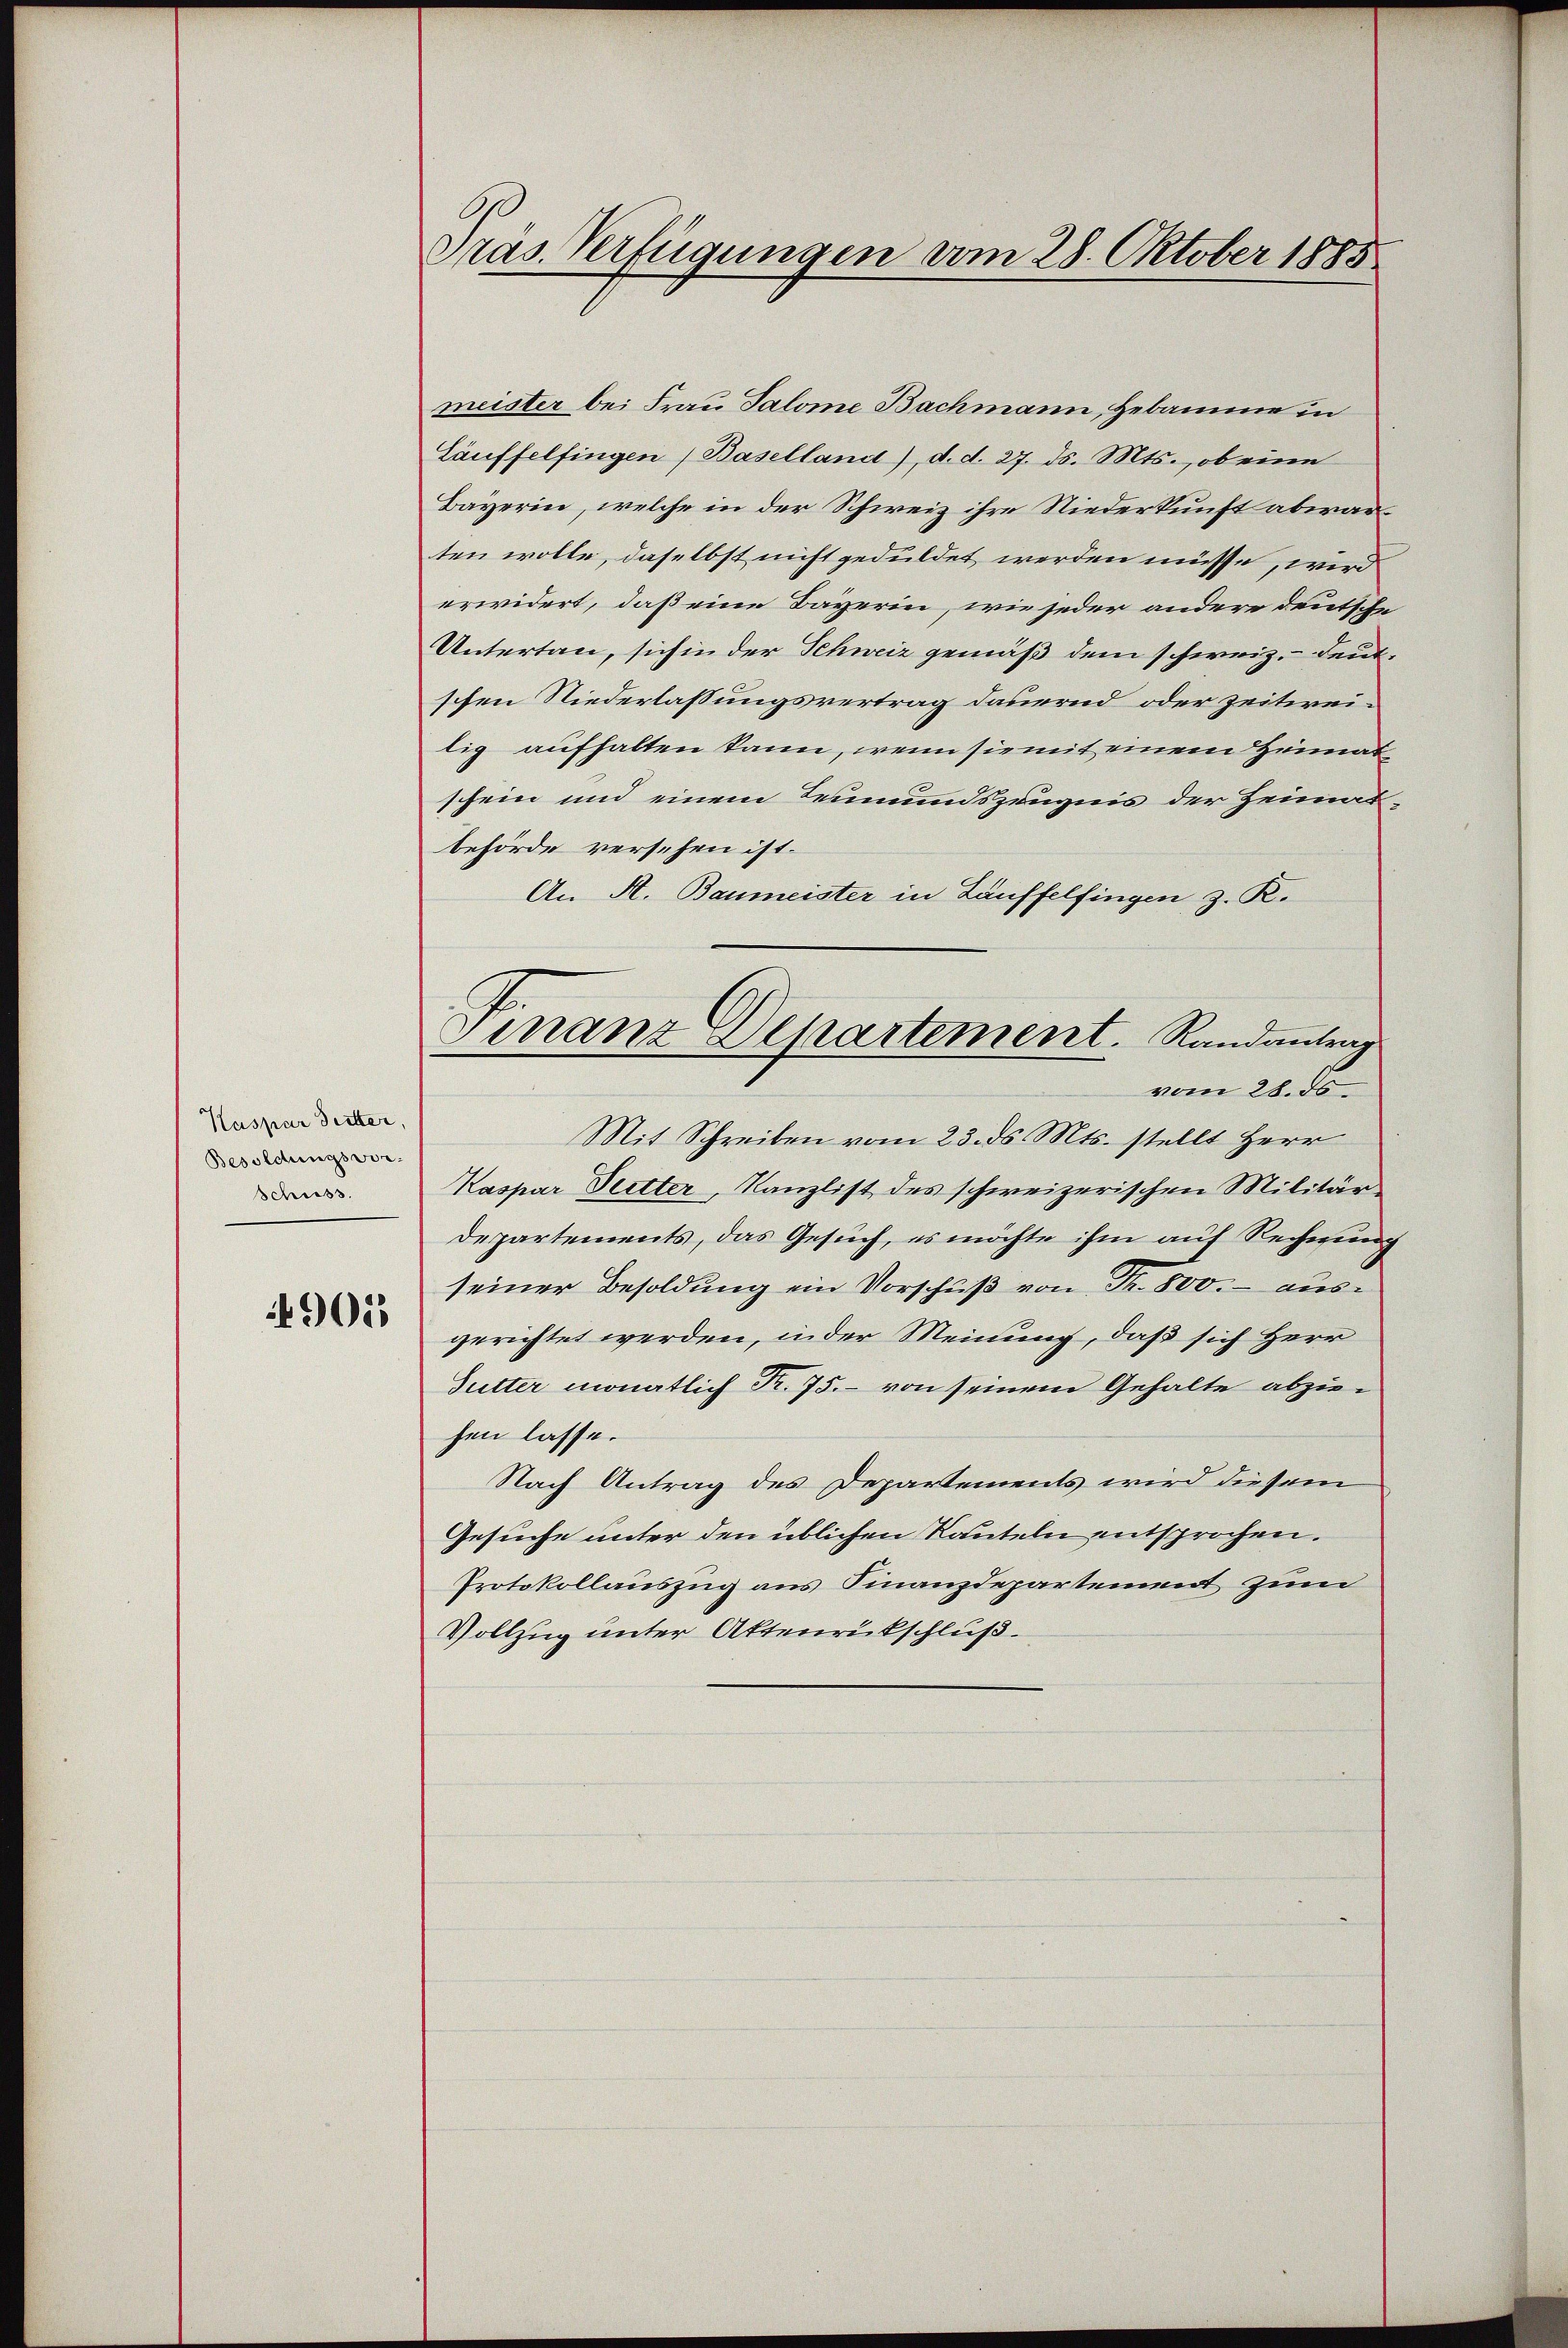
Kaspar dritter,
Besoldungsvor-
Schiess.

4901

Präs. Verfügungen vom 28. Oktober 1885

Finanz Departement. Randantrag

meister bei Frau Salome Bachmann, Hebamme in
Läuffelfingen (Baselland), d. d. 27. ds. Mts., ob eine
Bayerin, welche in der Schweiz ihre Niederkunft abwarten wolle, daselbst nicht geduldet werden müsse, wird
erwidert, daß eine Bayerin, wie jeder andere deutsche
Untertan, sich in der Schweiz gemäß dem schweiz. Deut
schen Niederlassungsvertrag dauernd oder zeitweilig aufhalten kann, wenn sie mit einem Heimatschein und einem Leumundszeugnis der Heimat
behörde versehen ist.
An A. Baumeister in Läuffelfingen z. R.
vom 28. ds.
Mit Schreiben vom 23. ds. Mts. stellt Herr
Kaspar Peetter, Kanzlist des schweizerischen Militär¬
Departements, das Gesuch, es möchte ihm auf Rechnung
seiner Besoldung ein Vorschuß von Fr. 800.- ausgerichtet werden, in der Meinung, daß sich Herr
Sutter monatlich Fr. 75. - von seinem Gehalte abziehen lasse.
Nach Antrag des Departements wird diesem
Gesuche unter den üblichen Rauteln entsprochen.
Protokollauszug aus Finanzdepartement zum
Vollzug unter Aktenrückschluß.